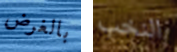
بالغرض النخب